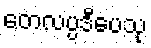
တေလပ္ပဒီပေသု